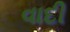
વાદી